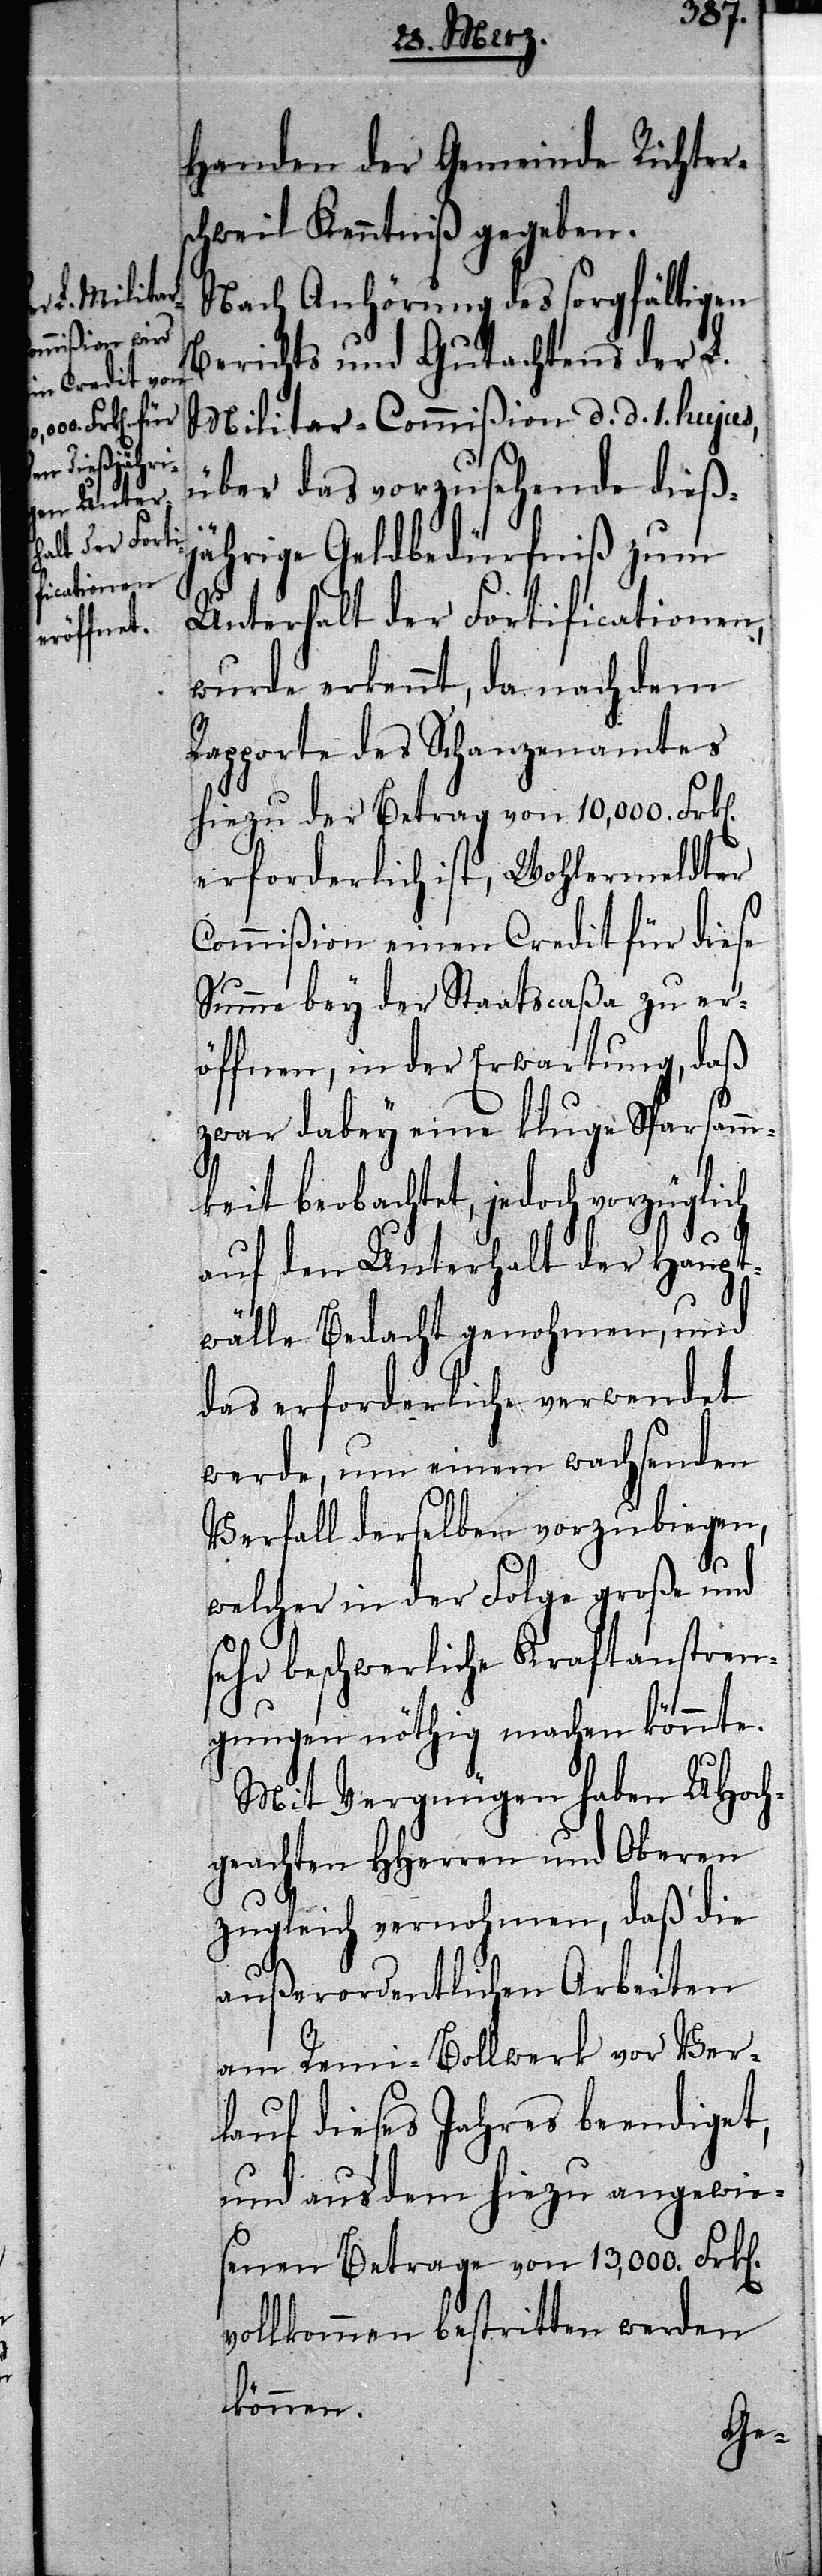
n].
Handen der Gemeinde Richter¬
schweil Kenntniß gegeben.
Nach Anhörung des sorgfältigen
Berichts und Gutachtens der L.
Militar-Commißion d. d. 1. hujus,
über das vorzusehende dieß¬
jährige Geldbedürfniß zum
Unterhalt der Fortificationen,
wurde erkennt, da nach dem
Rapporte des Schanzenamtes
hiezu der Betrag von 10,000. Frk[en].
erforderlich ist, Wohlermeldter
Commißion einen Credit für diese
Summe bey der Staatscaßa zu er¬
öffnen, in der Erwartung, daß
zwar dabey eine kluge Sparsamm¬
keit beobachtet, jedoch vorzüglich
auf den Unterhalt der Haupt¬
wälle Bedacht genohmen, und
das erforderliche verwendet
werde, um einem wachsenden
Verfall derselben vorzubringen,
welcher in der Folge große und
sehr beschwerliche Kraftanstren¬
gungen nöthig machen könnte.
Mit Vergnügen haben UHoch¬
geachten HHerren und Oberen
zugleich vernohmen, daß die
außerordentlichen Arbeiten
am Remi-Bollwerk vor Ver¬
lauf dieses Jahres beendiget
und aus dem hiezu angewies¬
enen Betrage von 13,000. Frk[e¬
vollkommen bestritten werden
können.